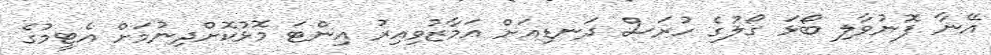
އޭނާ ފޮނުވާލި ބޯޅަ ގޯލުގެ ހުރަސް ދަނޑިއަށް އަމާޒުވިއިރު އިންޓަ މޮޅުކޮށްދިނުމަށް އެޓީމުގެ